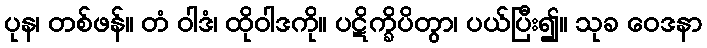
ပုန၊ တစ်ဖန်။ တံ ဝါဒံ၊ ထိုဝါဒကို။ ပဋိက္ခိပိတွာ၊ ပယ်ပြီး၍။ သုခ ဝေဒနာ